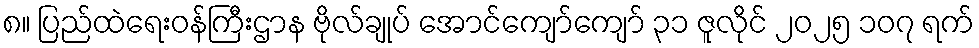
၈။ ပြည်ထဲရေးဝန်ကြီးဌာန ဗိုလ်ချုပ် အောင်ကျော်ကျော် ၃၁ ဇူလိုင် ၂၀၂၅ ၁၀၇ ရက်